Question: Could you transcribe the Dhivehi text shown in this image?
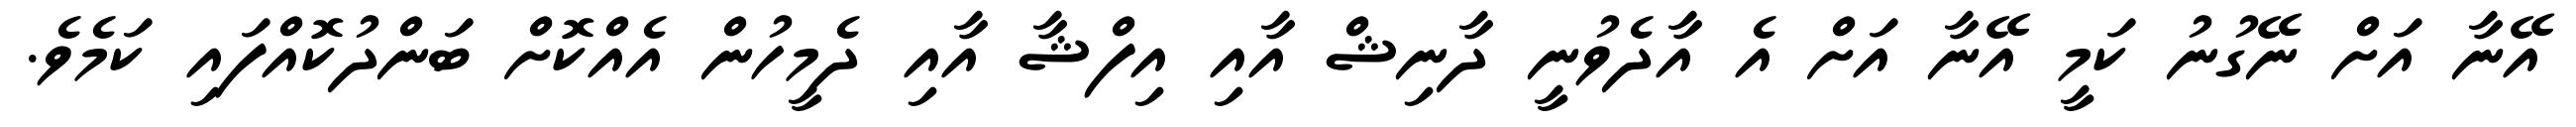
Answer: އޭނާ އަށް ނޭގުނު ކަމީ އޭނާ އަށް އެ އާދެވުނީ ދާނިޝް އާއި އިފްޝާ އާއި ދެމީހުން އެއްކޮށް ބަންދުކޮއްފައި ކަމެވެ.